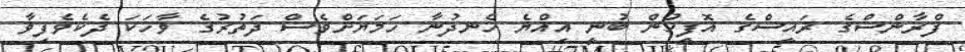
ފްރާންސްގެ ރައީސްގެ އޮފީހުން ބުނީ އިއްޔެ ހެނދުނާ ހަމަޔަށްވެސް ދަތުރުގެ ވާހަކަ ދެކެވެފިވާ